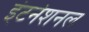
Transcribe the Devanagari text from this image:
इंटर्नशनल